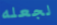
لجعله